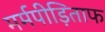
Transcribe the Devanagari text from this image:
मर्मपीड़िताफ